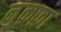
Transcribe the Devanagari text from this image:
नु़क़फ़ा